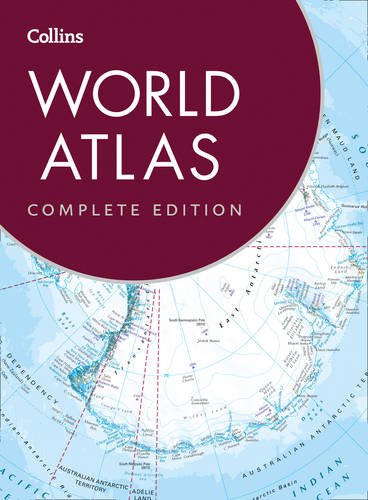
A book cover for Collins World Atlas: Complete Edition; Collins Maps; Reference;